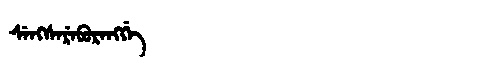
Manchu: ᠰᡝᠩᠰᡝᡵᡝᠪᡠᡵᡝᠩᡤᡝ
Romanization: SENGSEREBURENGGE